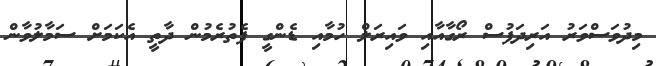
މިދުވަސްވަރު އަރިދަފުސް ރޯގާއާއި ވައިރަލް ހުމާއި ޑެންގީ ފެތުރެމުން ދާތީ އެކަމަށް ސަމާލުވާން